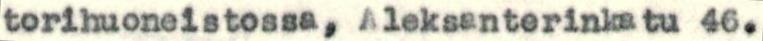
torihuoneistossa, Aleksenterinkatu 46.